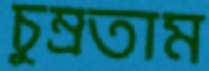
চুম্‌রতাম